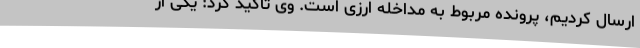
ارسال کردیم، پرونده مربوط به مداخله ارزی است. وی تأکید کرد: یکی از